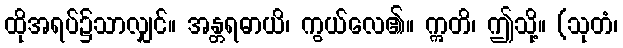
ထိုအရပ်၌သာလျှင်။ အန္တရဓာယိ၊ ကွယ်လေ၏။ ဣတိ၊ ဤသို့။ (သုတံ၊